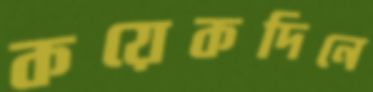
কয়েকদিনে